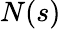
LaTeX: N(s)